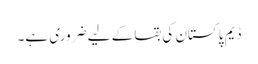
ڈیم پاکستان کی بقا کے لیے ضروری ہے۔